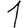
Digit: 1